Lunatic asylums Central Provinces reports 1910-1926 - 1910-1926
Year: 1910
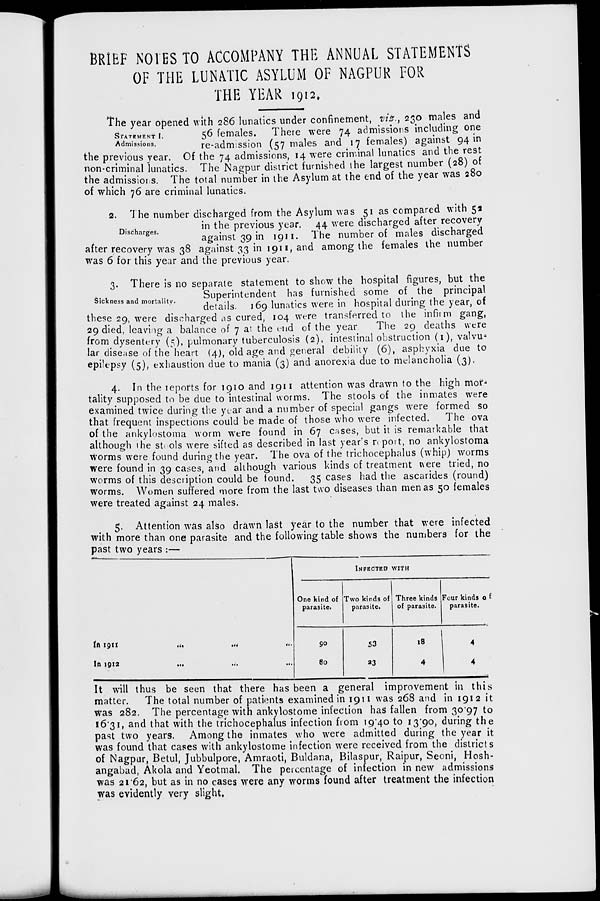
BRIEF NOTES TO ACCOMPANY THE ANNUAL STATEMENTS
OF THE LUNATIC ASYLUM OF NAGPUR FOR
THE YEAR 1912.
STATEMENT I.
Admissions.
The year opened with 286 lunatics under confinement, viz., 230 males and
56 females.
There were 74 admissions including one
re-admission (57 males and 17 females) against 94 in
the previous year. Of the 74 admissions, 14 were criminal lunatics and the rest
non-criminal lunatics. The Nagpur district furnished the largest number (28) of
the admissions. The total number in the Asylum at the end of the year was 280
of which 76 are criminal lunatics.
Discharges.
2. The number discharged from the Asylum was 51 as compared with 52
in the previous year. 44 were discharged after recovery
against 39 in 1911. The number of males discharged
after recovery was 38 against 33 in 1911, and among the females the number
was 6 for this year and the previous year.
Sickness and mortality.
3. There is no separate statement to show the hospital figures, but the
Superintendent has furnished some of the principal
details. 169 lunatics were in hospital during the year, of
these 29, were discharged as cured, 104 were transferred to the infirm gang,
29 died, leaving a balance of 7 at the end of the year
The 29 deaths were
from dysentery (5), pulmonary tuberculosis (2), intestinal obstruction (1), valvue
lar disease of the heart (4), old age and general debility (6), asphyxia due to
epilepsy (5), exhaustion due to mania (3) and anorexia due to melancholia (3).
4. In the reports for 1910 and 1911 attention was drawn to the high mor-
tality supposed to be due to intestinal worms. The stools of the inmates were
examined twice during the year and a number of special gangs were formed so
that frequent inspections could be made of those who were infected.
The ova
of the ankylostoma worm were found in 67 cases, but it is remarkable that
although the stools were sifted as described in last year's report, no ankylostoma
worms were found during the year. The ova of the trichocephalus (whip) worms
were found in 39 cases, and although various kinds of treatment were tried, no
worms of this description could be found.
35 cases had the ascarides (round)
worms. Women suffered more from the last two diseases than men as 50 females
were treated against 24 males.
5. Attention was also drawn last year to the number that were infected
with more than one parasite and the following table shows the numbers for the
past two years :—
In
1911
...
...
In 1912 ... ...
INFECTED WITH
One kind of
parasite.
90
80
Two kinds of
parasite.
53
23
Three kinds
of parasite.
18
4
Four kinds of
parasite.
4
4
It will thus be seen that there has been a general improvement in this
matter.
The total number of patients examined in 1911 was 268 and in 1912 it
was 282. The percentage with ankylostome infection has fallen from 30.97 to
16.31, and that with the trichocephalus infection from 19.40 to 13.90, during the
past two years. Among the inmates who were admitted during the year it
was found that cases with ankylostome infection were received from the districts
of Nagpur, Betul, Jubbulpore, Amraoti, Buldana, Bilaspur, Raipur, Seoni, Hosh-
angabad, Akola and Yeotmal. The percentage of infection in new admissions
was 21.62, but as in no cases were any worms found after treatment the infection
was evidently very slight.